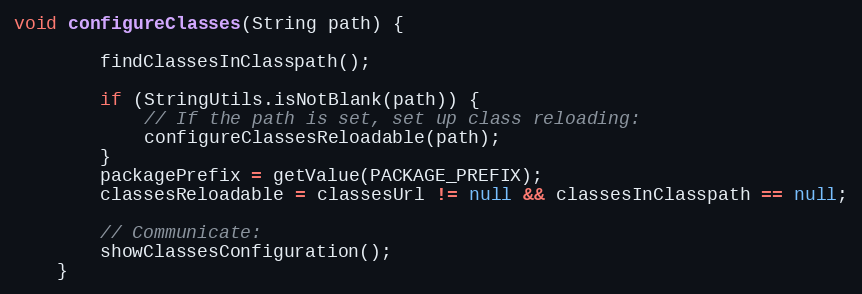
Language: Java
void configureClasses(String path) {

        findClassesInClasspath();

        if (StringUtils.isNotBlank(path)) {
            // If the path is set, set up class reloading:
            configureClassesReloadable(path);
        }
        packagePrefix = getValue(PACKAGE_PREFIX);
        classesReloadable = classesUrl != null && classesInClasspath == null;

        // Communicate:
        showClassesConfiguration();
    }